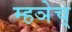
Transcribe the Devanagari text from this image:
म्हञेच्